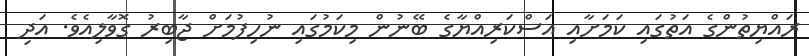
ރައްޔިތުންގެ އަތުގައި ކަމަށާއި އަސްކަރިއްޔާގެ ބޭނުން މިކަމުގައި ނުހިފުމަށް ޖާބިރު ގޮވާލިއެވެ. އަދި